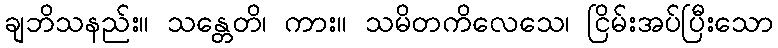
ချဘိသနည်း။ သန္တေတိ၊ ကား။ သမိတကိလေသေ၊ ငြိမ်းအပ်ပြီးသော